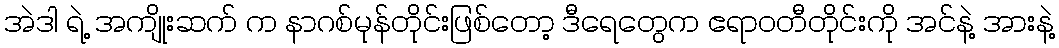
အဲဒါ ရဲ့ အကျိုးဆက် က နာဂစ်မုန်တိုင်းဖြစ်တော့ ဒီရေတွေက ဧရာဝတီတိုင်းကို အင်နဲ့ အားနဲ့